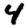
Digit: 4